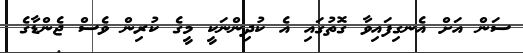
ސަން އަށް އެނގިފައިވާ ގޮތުގައި އެ ކުދިންނަކީ މީގެ ކުރިން ވެސް ޖެންޑާގެ